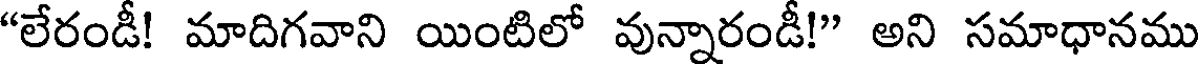
"లేరండీ! మాదిగవాని యింటిలో వున్నారండీ!" అని సమాధానము